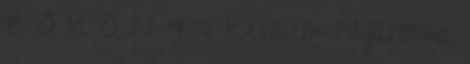
Z Ő K Ö N Y V Készült: Nyárlőrinc